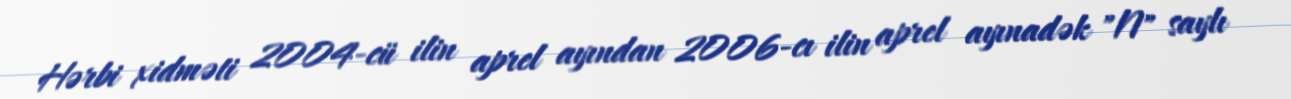
Hərbi xidməti 2004-cü ilin aprel ayından 2006-cı ilin aprel ayınadək "N" saylı